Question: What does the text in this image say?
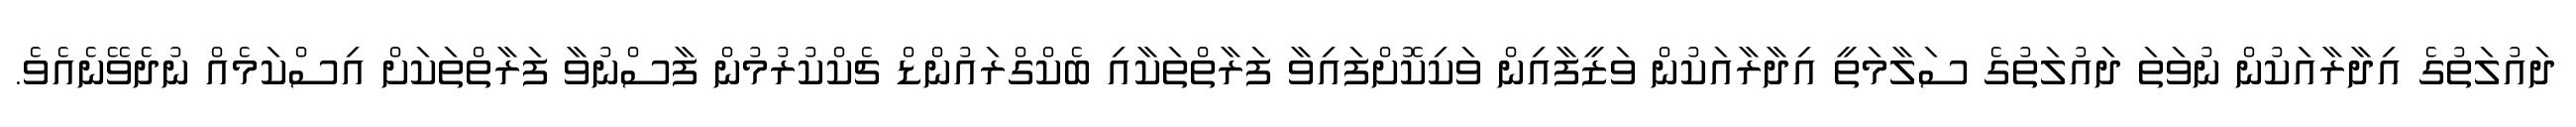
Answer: ދައުލަތުގެ އިދާރާއަކުން ނުވަތަ ދައުލަތުގެ ސަލާމަތީ އިދާރާއަކުން ވަޒީފާއިން ވަކިކޮށްފައިވާ ފަރާތްތަކާއި ބެކްގްރައުންޑް ޗެކްކުރުމުން ފާސްނުވާ ފަރާތްތަކަށް އިސްކަމެއް ނުދެވޭނެއެވެ.